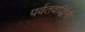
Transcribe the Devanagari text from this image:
पर्वतवर्द्धिनी